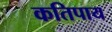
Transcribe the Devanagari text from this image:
कतिपाय